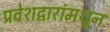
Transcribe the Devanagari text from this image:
प्रवेशद्वारांमधून